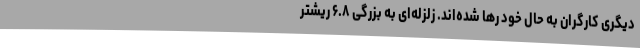
دیگری کارگران به حالِ خود رها شده‌اند. زلزله‌ای به بزرگی ۶.۸ ریشتر